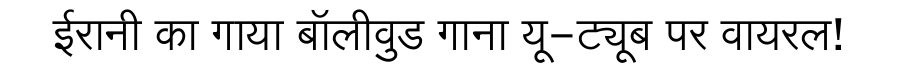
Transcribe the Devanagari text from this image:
ईरानी का गाया बॉलीवुड गाना यू-ट्यूब पर वायरल!